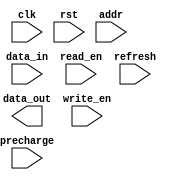
module DDR_SDRAM (
    input wire clk,
    input wire rst,
    input wire [11:0] addr,
    input wire [1:0] data_in,
    output wire [1:0] data_out,
    input wire read_en,
    input wire write_en,
    input wire refresh,
    input wire precharge,
    // other input/output signals as needed
);

// Address and data bus interface
reg [11:0] addr_reg;
reg [1:0] data_in_reg;
reg [1:0] data_out_reg;

// Row and column address decoder
reg [7:0] row_addr;
reg [7:0] col_addr;

// Memory array for storing data
reg [1:0] memory_array [0:4095];

// Read and write control signals
reg read_en_reg;
reg write_en_reg;

// Other internal signals as needed

// Read/write functionality
always @(posedge clk) begin
    if (rst) begin
        // Reset state
        // Initialize memory array, decoder, and other internal signals
    end else begin
        if (read_en_reg) begin
            data_out_reg <= memory_array[addr_reg];
        end
        if (write_en_reg) begin
            memory_array[addr_reg] <= data_in_reg;
        end
    end
end

// Refresh and precharge commands
always @(posedge clk) begin
    if (refresh) begin
        // Perform refresh operation
    end
    if (precharge) begin
        // Perform precharge operation
    end
end

// Other functionality such as burst access and auto-precharge

endmodule